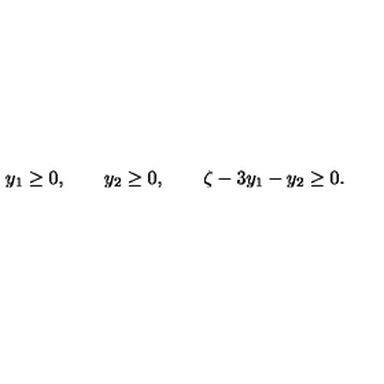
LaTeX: y _ { 1 } \geq 0 , \qquad y _ { 2 } \geq 0 , \qquad \zeta - 3 y _ { 1 } - y _ { 2 } \geq 0 .